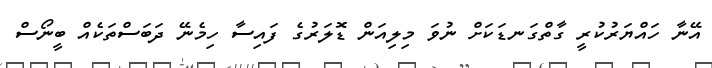
އޭނާ ހައްޔަރުކުރީ ގާތްގަނޑަކަށް ނުވަ މިލިއަން ޑޮލަރުގެ ފައިސާ ހިމެނޭ ދަބަސްތަކެއް ބީނޯސް